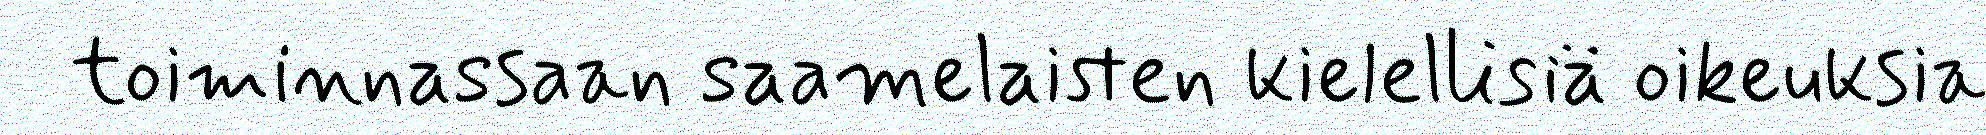
toiminnassaan saamelaisten kielellisiä oikeuksia